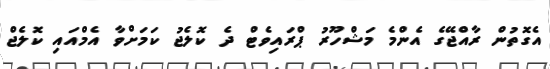
އެގޮތުން ރާއްޖޭގެ އެންމެ މަޝްހޫރު ޕްރައިވެޓް ދެ ކޮލެޖު ކަމަށްވާ އެމްއައި ކޮލެޖް